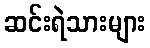
ဆင်းရဲသားများ